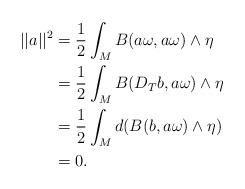
\begin{align*}||a||^2 &= \frac{1}{2} \int_M B( a \omega , a \omega ) \wedge \eta \\&= \frac{1}{2} \int_M B( D_T b , a \omega ) \wedge \eta \\&=\frac{1}{2} \int_M d ( B( b , a \omega) \wedge \eta ) \\&= 0.\end{align*}